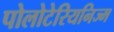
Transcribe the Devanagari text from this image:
पोलोटेरियनिज्म